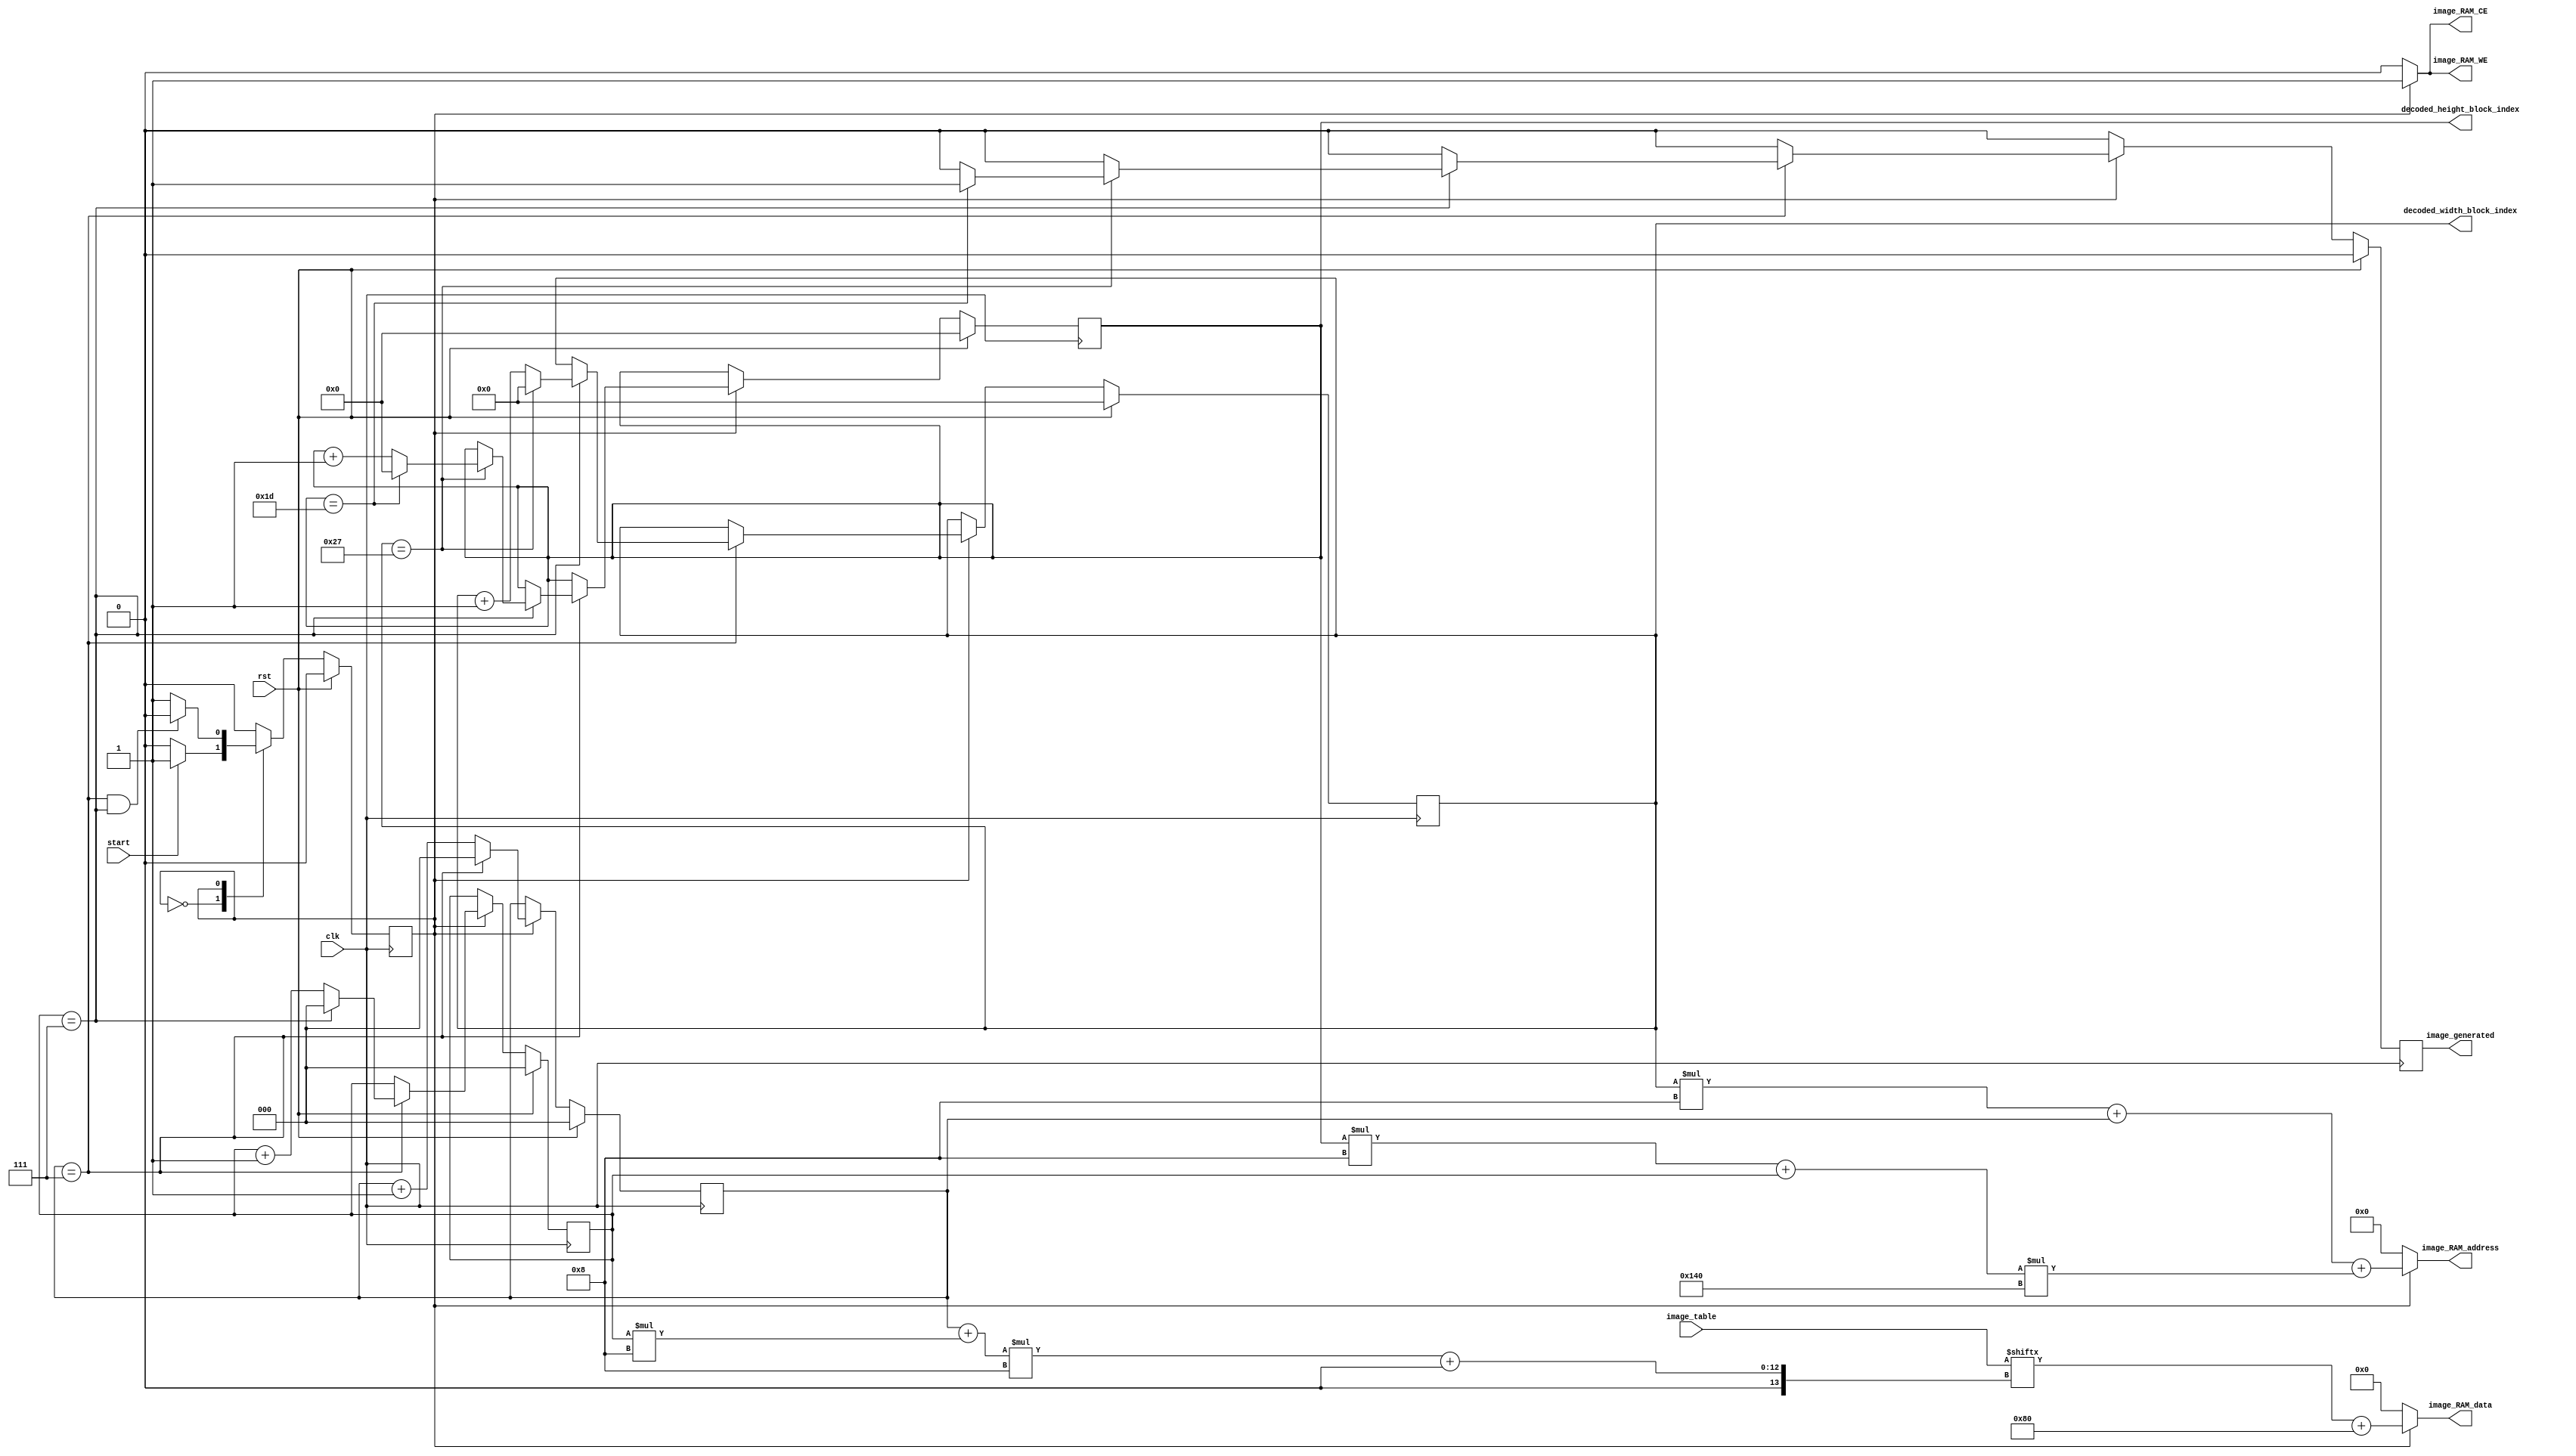
//////////////////////////////////////////////////////////////////////////////////
// Module Name: Image Generator
// Description: Reads converted pixels from IDCT and writes into image RAM
//////////////////////////////////////////////////////////////////////////////////

`timescale 1ns / 1ps

module Image_Generator
#(
    parameter IMAGE_WIDTH = 320,
    parameter IMAGE_HEIGHT = 240,
    parameter PIXEL_WIDTH = 8,
    parameter DC_OFFSET = 128,
    parameter TABLE_SIZE = 64,
    parameter TABLE_EDGE_SIZE = $rtoi($sqrt(TABLE_SIZE)),
    parameter BLOCK_WIDTH_SIZE = IMAGE_WIDTH/TABLE_EDGE_SIZE,
    parameter BLOCK_WIDTH_INDEX_SIZE = $rtoi($ceil($clog2(BLOCK_WIDTH_SIZE))),
    parameter BLOCK_HEIGHT_SIZE = IMAGE_HEIGHT/TABLE_EDGE_SIZE,
    parameter BLOCK_HEIGHT_INDEX_SIZE = $rtoi($ceil($clog2(BLOCK_HEIGHT_SIZE))),
    parameter IMAGE_RAM_ADDRESS_WIDTH = $rtoi($ceil($clog2(IMAGE_WIDTH*IMAGE_HEIGHT)))
)(
    input clk, rst,
    input[TABLE_SIZE*PIXEL_WIDTH-1:0] image_table,
    input start,
    output reg[IMAGE_RAM_ADDRESS_WIDTH-1:0] image_RAM_address,
    output reg[PIXEL_WIDTH-1:0] image_RAM_data,
    output reg image_RAM_CE, image_RAM_WE,
    output[BLOCK_WIDTH_INDEX_SIZE-1:0] decoded_width_block_index,
    output[BLOCK_HEIGHT_INDEX_SIZE-1:0] decoded_height_block_index,
    output reg image_generated
);
    //Constants
    localparam TABLE_EDGE_INDEX_SIZE = $rtoi($ceil($clog2(TABLE_EDGE_SIZE)));
    
    //States
    localparam WAIT_FOR_TABLE = 0;
    localparam GENERATE_IMAGE = 1;

    //Registers
    reg state;
    reg[BLOCK_WIDTH_INDEX_SIZE-1:0] block_width_index;
    reg[BLOCK_HEIGHT_INDEX_SIZE-1:0] block_height_index;
    reg[TABLE_EDGE_INDEX_SIZE-1:0] table_width_index;
    reg[TABLE_EDGE_INDEX_SIZE-1:0] table_height_index;
    
    assign decoded_width_block_index = block_width_index;
    assign decoded_height_block_index = block_height_index;

    //Control signals
    always @(*) begin
        image_RAM_address <= {IMAGE_RAM_ADDRESS_WIDTH{1'b0}};
        image_RAM_data <= {PIXEL_WIDTH{1'b0}};
        image_RAM_CE <= 1'b0;
        image_RAM_WE <= 1'b0;
        
        if(state == GENERATE_IMAGE) begin
            image_RAM_address <= block_width_index*TABLE_EDGE_SIZE + table_width_index + (block_height_index*TABLE_EDGE_SIZE + table_height_index)*IMAGE_WIDTH;
            image_RAM_data <= image_table[(table_width_index + table_height_index*TABLE_EDGE_SIZE)*PIXEL_WIDTH +: PIXEL_WIDTH] + DC_OFFSET;
            image_RAM_CE <= 1'b1;
            image_RAM_WE <= 1'b1;
        end
    end

    //State control
    always @(posedge clk) begin
        if(rst) begin
            state <= WAIT_FOR_TABLE;
        end else begin
            case(state)
                WAIT_FOR_TABLE: begin
                    if(start) begin
                        state <= GENERATE_IMAGE;
                    end
                end
                GENERATE_IMAGE: begin
                    if(table_width_index == TABLE_EDGE_SIZE-1 && table_height_index == TABLE_EDGE_SIZE-1) begin
                        state <= WAIT_FOR_TABLE;
                    end
                end
                
            endcase
        end
    end

    //Index increment
    always @(posedge clk) begin
        if(rst) begin
            block_width_index <= {BLOCK_WIDTH_INDEX_SIZE{1'b0}};
            block_height_index <= {BLOCK_HEIGHT_INDEX_SIZE{1'b0}};
            table_width_index <= {TABLE_EDGE_INDEX_SIZE{1'b0}};
            table_height_index <= {TABLE_EDGE_INDEX_SIZE{1'b0}};
            image_generated <= 1'b0;
        end else begin
            image_generated <= 1'b0;
        
            if(state == GENERATE_IMAGE) begin
                if(table_width_index == TABLE_EDGE_SIZE-1) begin
                    table_width_index <= {TABLE_EDGE_INDEX_SIZE{1'b0}};
                
                    if(table_height_index == TABLE_EDGE_SIZE-1) begin
                        table_height_index <= {TABLE_EDGE_INDEX_SIZE{1'b0}};
                        
                        if(block_width_index == BLOCK_WIDTH_SIZE-1) begin
                            block_width_index <= {BLOCK_WIDTH_INDEX_SIZE{1'b0}};
                            
                            if(block_height_index == BLOCK_HEIGHT_SIZE-1) begin
                                block_height_index <= {BLOCK_HEIGHT_INDEX_SIZE{1'b0}};
                                image_generated <= 1'b1;
                            end else begin
                                block_height_index <= block_height_index + 1;
                            end
                        end else begin
                            block_width_index <= block_width_index + 1;
                        end
                    end else begin
                        table_height_index <= table_height_index + 1;
                    end
                end else begin
                    table_width_index <= table_width_index + 1;
                end
            end
        end
    end

endmodule